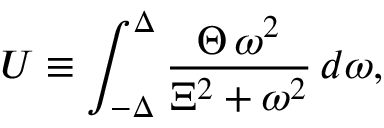
U \equiv \int _ { - \Delta } ^ { \Delta } \frac { \Theta \, \omega ^ { 2 } } { \Xi ^ { 2 } + \omega ^ { 2 } } \, d \omega ,